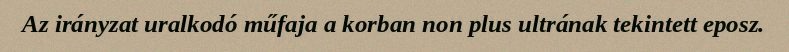
Az irányzat uralkodó műfaja a korban non plus ultrának tekintett eposz.